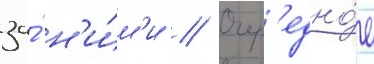
за́ н'и́м'и // Очер'едно́е